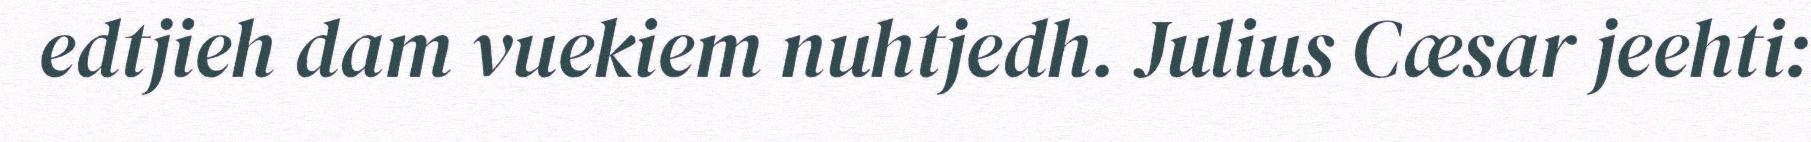
edtjieh dam vuekiem nuhtjedh. Julius Cæsar jeehti: